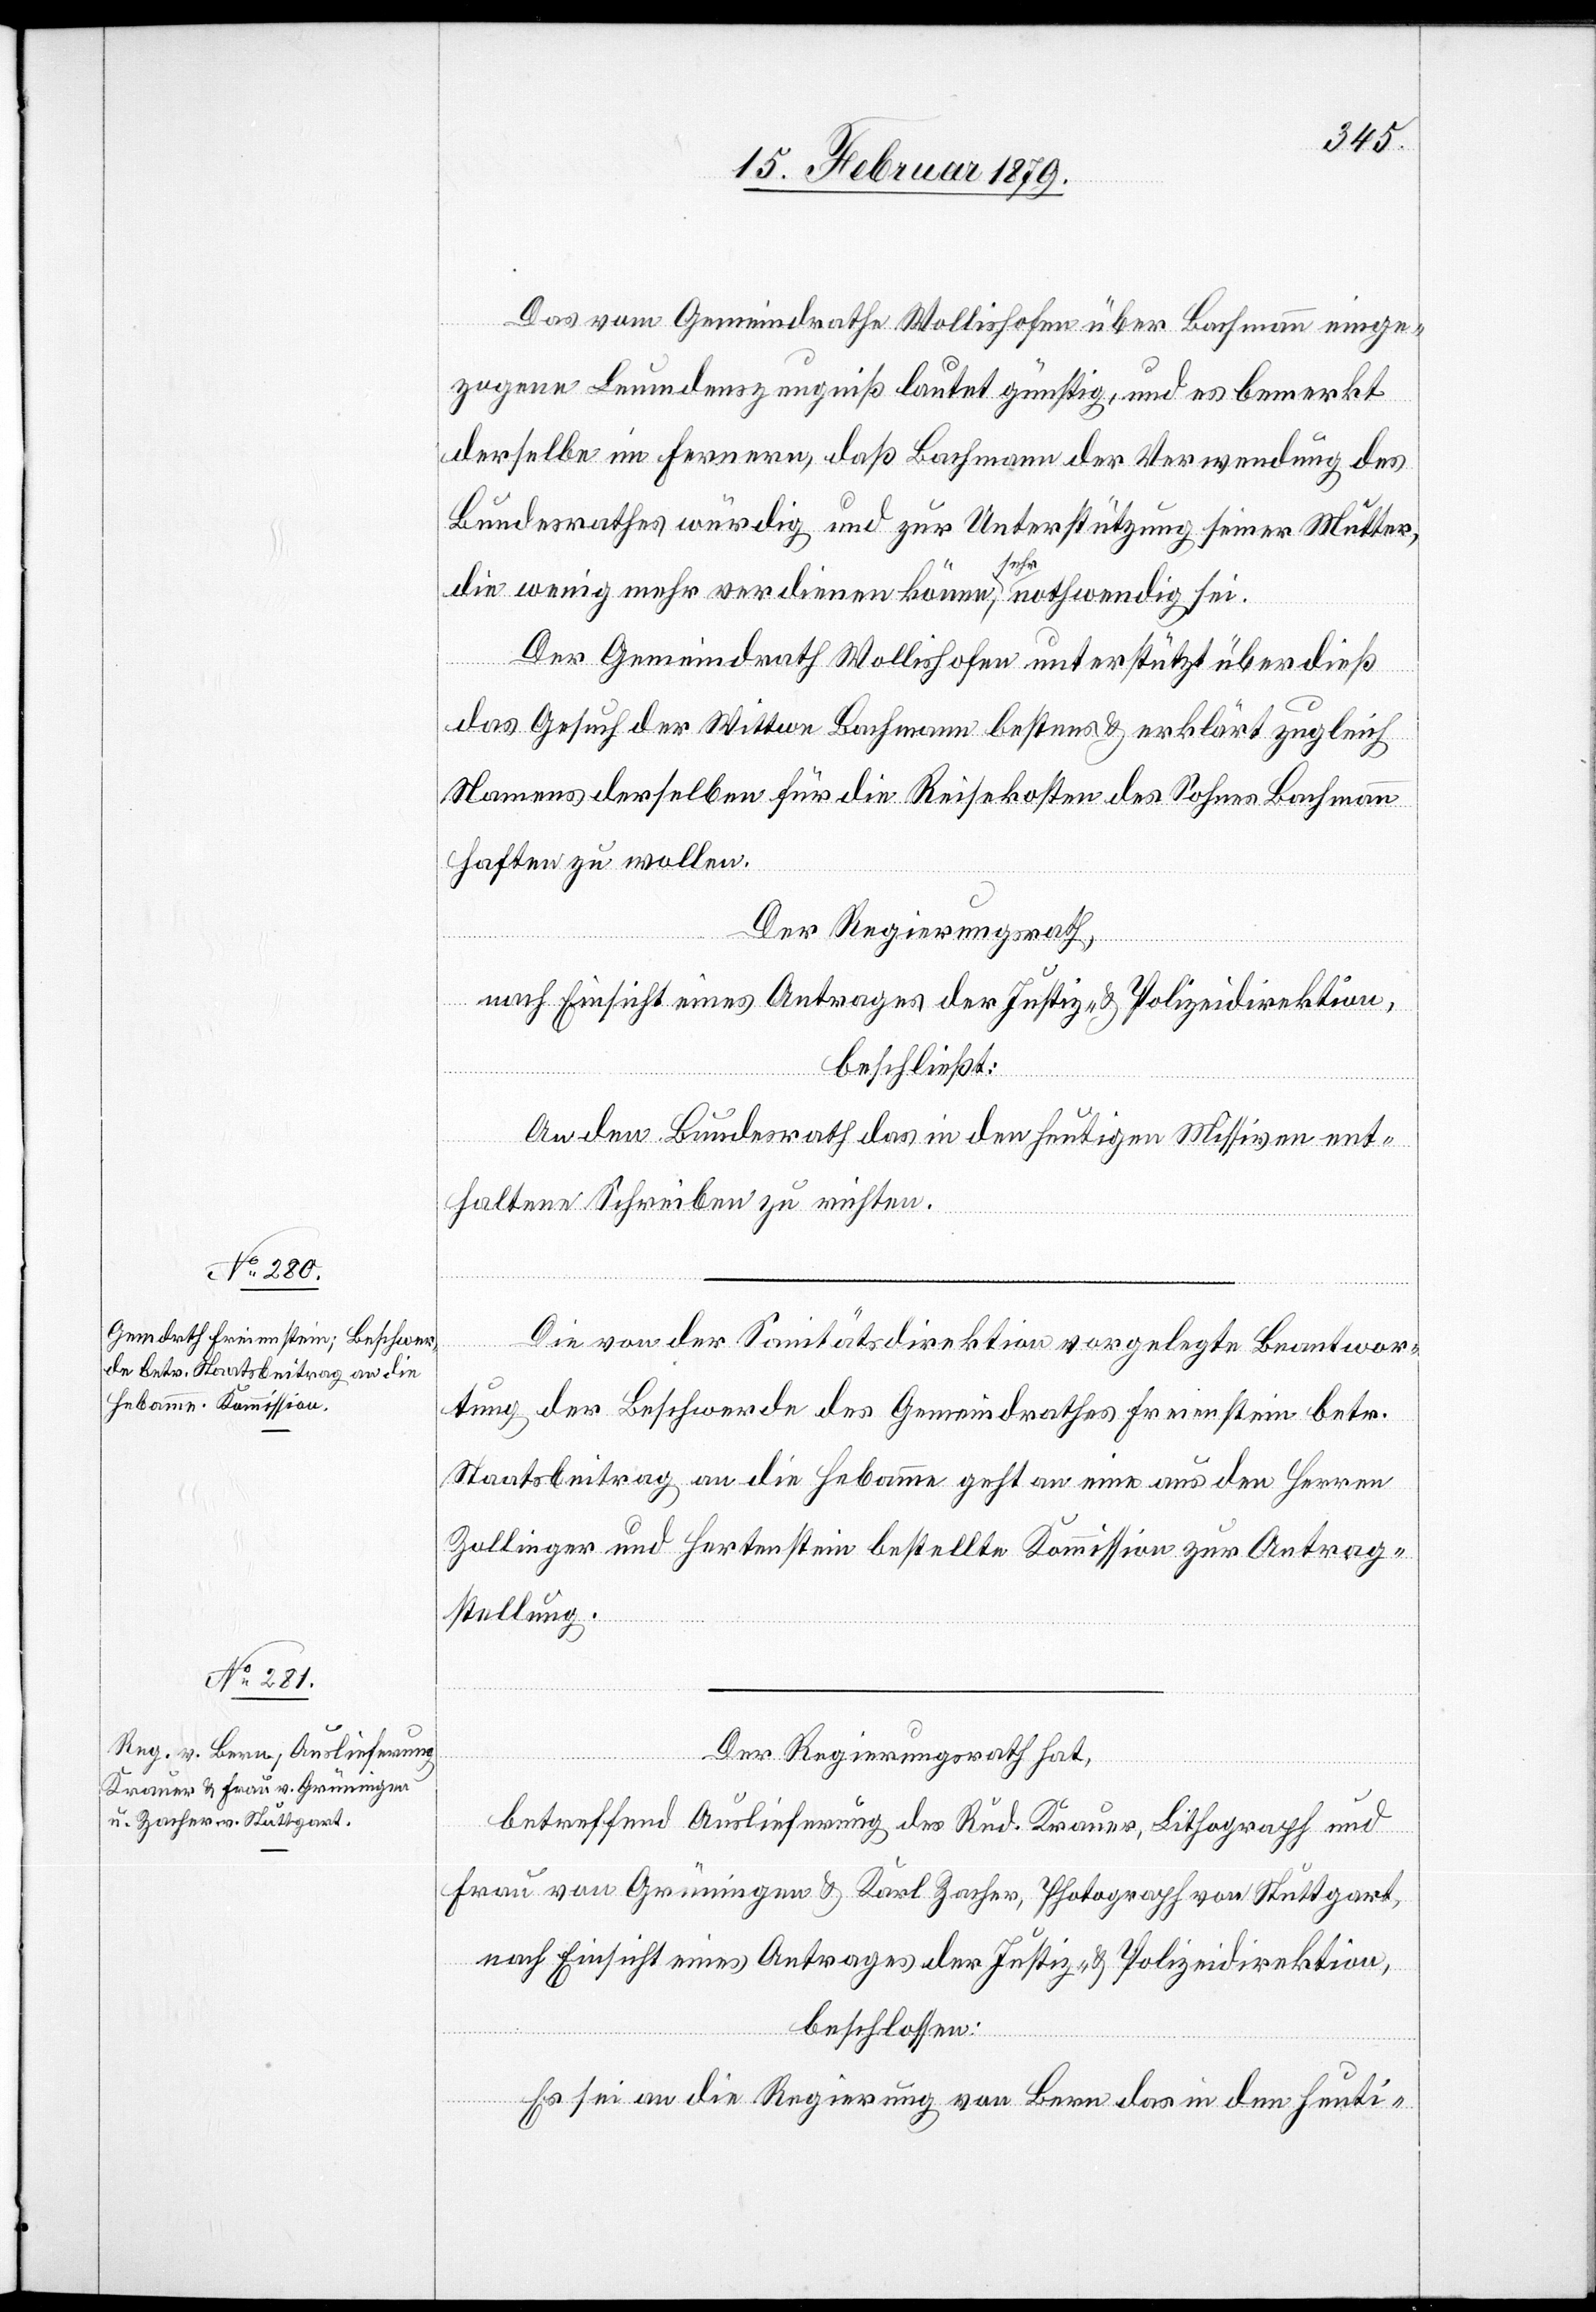
Das vom Gemeindrathe Wollishofen über Bachmann einge¬
zogene Leumdenszeugniß lautet günstig, und es bemerkt
derselbe im Fernern, daß Bachmann der Verwendung des
Bundesrathes würdig und zur Unterstützung seiner Mutter,
die wenig mehr verdienen könne, a-sehr-a nothwendig sei.
Der Gemeindrath Wollishofen unterstützt überdieß
das Gesuch der Wittwe Bachmann bestens & erklärt zugleich
Namens derselben für die Reisekosten des Sohnes Bachmann
haften zu wollen.
Der Regierungsrath,
nach Einsicht eines Antrages der Justiz- & Polizeidirektion,
beschließt:
An den Bundesrath das in den heutigen Missiven ent¬
haltene Schreiben zu richten.
Die von der Sanitätsdirektion vorgelegte Beantwor¬
tung der Beschwerde des Gemeindrathes Freienstein betr.
Staatsbeitrag an die Hebamme geht an eine aus den Herren
Zollinger und Hertenstein bestellte Kommission zur Antrag¬
stellung.
Der Regierungsrath hat,
betreffend Auslieferung des Rud. Krauer, Lithograph und
Frau von Grüningen & Karl Zacher, Photograph von Stuttgart,
nach Einsicht eines Antrages der Justiz- & Polizeidirektion,
beschlossen:
Es sei an die Regierung von Bern das in den heuti-